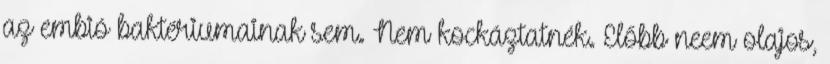
az embió baktériumainak sem. Nem kockáztatnék. Előbb neem olajos,